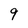
Character: 9